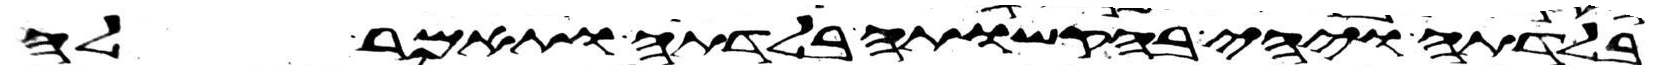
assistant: בלדתה ויהי בהקשותה בלדתה ותאמר לה